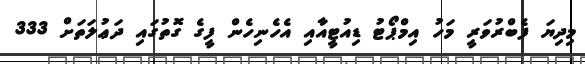
މިދިޔަ ފެބްރުވަރީ މަހު އިމްޕޯޓު ޑިއުޓީއާއި އެހެނިހެން ފީގެ ގޮތުގައި ދަޢުލަތަށް 333